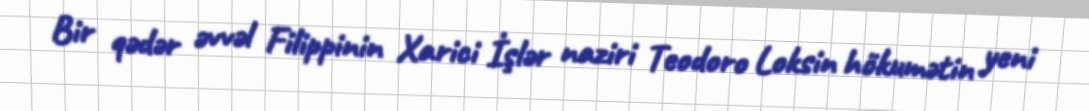
Bir qədər əvvəl Filippinin Xarici İşlər naziri Teodoro Loksin hökumətin yeni